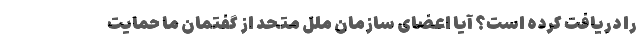
را دریافت کرده است؟ آیا اعضای سازمان ملل متحد از گفتمان ما حمایت